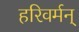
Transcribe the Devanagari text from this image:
हरिवर्मन्‌